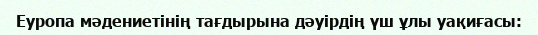
Еуропа мәдениетінің тағдырына дәуірдің үш ұлы уақиғасы: